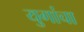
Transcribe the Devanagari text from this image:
युगांचा